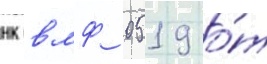
нк вмф 0519 о́т